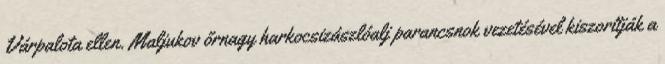
Várpalota ellen. Maljukov őrnagy harkocsizászlóalj parancsnok vezetésével kiszorítják a